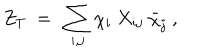
Z _ { T } \ = \ \sum _ { i , j } \chi _ { i } \ X _ { i j } \ \bar { \chi } _ { j } \ ,